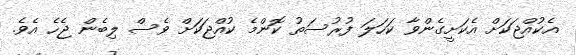
އެކުއްޖަކަށް އެކަށީގެންވާ ކަހަލަ ފުރުސަތު ކޮންމެ ކުއްޖަކަށް ވެސް ލިބެން ޖެހެ އެވެ.